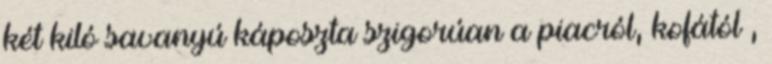
két kiló savanyú káposzta szigorúan a piacról, kofától ,